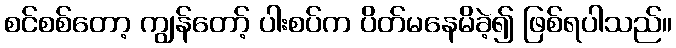
စင်စစ်တော့ ကျွန်တော့် ပါးစပ်က ပိတ်မနေမိခဲ့၍ ဖြစ်ရပါသည်။